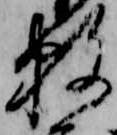
数